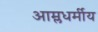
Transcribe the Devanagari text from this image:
आम्लधर्मीय